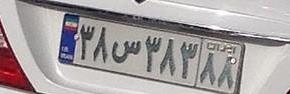
۳۸س۳۸۳۸۸